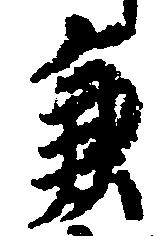
兼